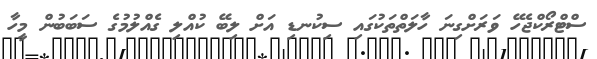
ސްޓްރޯކްޖެހޭ ވަރަށްގިނަ ހާލަތްތަކުގައި ސިކުނޑި އަށް ލިބޭ ކުއްލި ގެއްލުމުގެ ސަބަބުން މީހާ